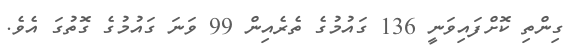
ގިންތި ކޮށްފައިވަނީ 136 ގައުމުގެ ތެރެއިން 99 ވަނަ ގައުމުގެ ގޮތުގަ އެވެ.